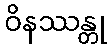
ဝိနဿန္တု